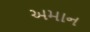
અમાન